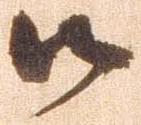
御